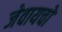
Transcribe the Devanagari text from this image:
जेवायचो